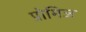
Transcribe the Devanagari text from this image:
प्रोमिज